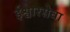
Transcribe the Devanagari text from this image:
ईश्वारसेवा